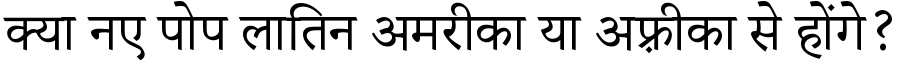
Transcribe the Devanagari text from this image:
क्या नए पोप लातिन अमरीका या अफ़्रीका से होंगे?